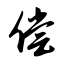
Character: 偿